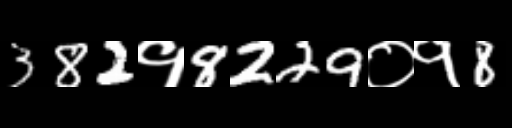
Text: 382१8229०१8